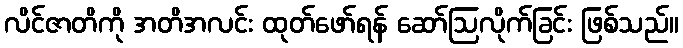
လိင်ဇာတိကို အတိအလင်း ထုတ်ဖော်ရန် ဆော်ဩလိုက်ခြင်း ဖြစ်သည်။